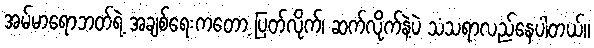
အမ်မာရောဘတ်ရဲ့ အချစ်ရေးကတော့ ပြတ်လိုက်၊ ဆက်လိုက်နဲ့ပဲ သံသရာလည်နေပါတယ်။